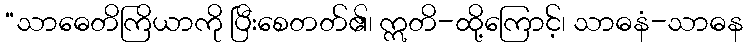
“သာဓေတိကြိယာကို ပြီးစေတတ်၏၊ ဣတိ-ထို့ကြောင့်၊ သာဓနံ-သာဓန